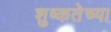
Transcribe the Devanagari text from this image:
शुष्कतेच्या